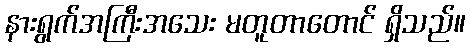
နားရွက်အကြီးအသေး မတူတာတောင် ရှိသည်။